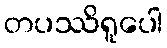
တပဿိရူပေါ